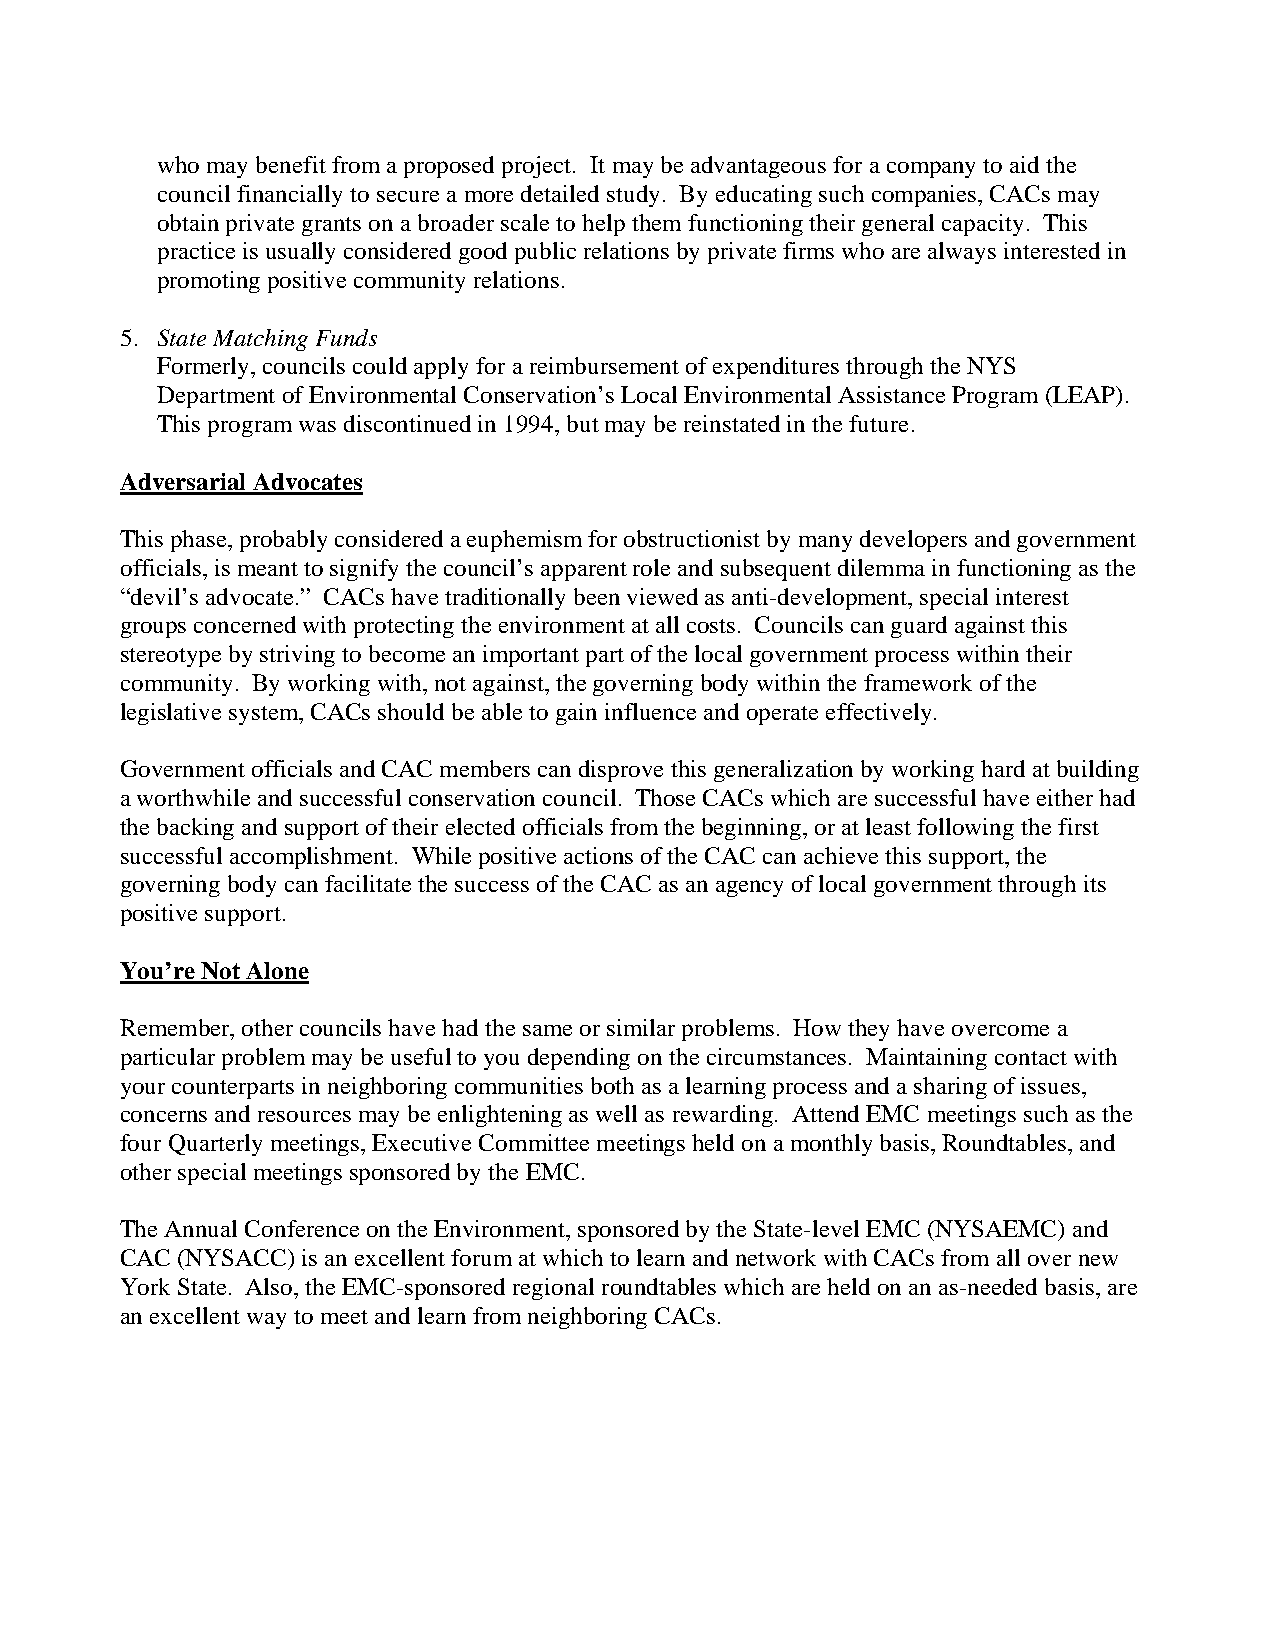
who may benefit from a proposed project. It may be advantageous for a company to aid the
 council financially to secure a more detailed study. By educating such companies, CACs may
 obtain private grants on a broader scale to help them functioning their general capacity. This
 practice is usually considered good public relations by private firms who are always interested in
 promoting positive community relations.
 5. State Matching Funds
 Formerly, councils could apply for a reimbursement of expenditures through the NYS
 Department of Environmental Conservation’s Local Environmental Assistance Program (LEAP).
 This program was discontinued in 1994, but may be reinstated in the future.
 Adversarial Advocates
 This phase, probably considered a euphemism for obstructionist by many developers and government
 officials, is meant to signify the council’s apparent role and subsequent dilemma in functioning as the
 “devil’s advocate.” CACs have traditionally been viewed as anti-development, special interest
 groups concerned with protecting the environment at all costs. Councils can guard against this
 stereotype by striving to become an important part of the local government process within their
 community. By working with, not against, the governing body within the framework of the
 legislative system, CACs should be able to gain influence and operate effectively.
 Government officials and CAC members can disprove this generalization by working hard at building
 a worthwhile and successful conservation council. Those CACs which are successful have either had
 the backing and support of their elected officials from the beginning, or at least following the first
 successful accomplishment. While positive actions of the CAC can achieve this support, the
 governing body can facilitate the success of the CAC as an agency of local government through its
 positive support.
 You’re Not Alone
 Remember, other councils have had the same or similar problems. How they have overcome a
 particular problem may be useful to you depending on the circumstances. Maintaining contact with
 your counterparts in neighboring communities both as a learning process and a sharing of issues,
 concerns and resources may be enlightening as well as rewarding. Attend EMC meetings such as the
 four Quarterly meetings, Executive Committee meetings held on a monthly basis, Roundtables, and
 other special meetings sponsored by the EMC.
 The Annual Conference on the Environment, sponsored by the State-level EMC (NYSAEMC) and
 CAC (NYSACC) is an excellent forum at which to learn and network with CACs from all over new
 York State. Also, the EMC-sponsored regional roundtables which are held on an as-needed basis, are
 an excellent way to meet and learn from neighboring CACs.